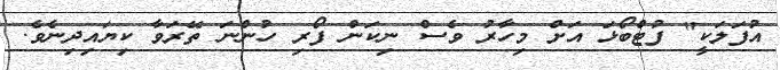
އުފަލަކީ" ފުޓްބޯޅަ އަށް މިހާރު ވެސް ނިކަން ފޯރި ހުންނަ ތޭރަވާ ކިޔައިދިނެވެ.